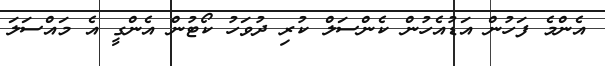
އެންމެ ފަހުން އަޑުއެހުން ކެންސަލް ކުރި ދުވަހު ކޯޓުން އެންގީ އެ މައްސަލަ